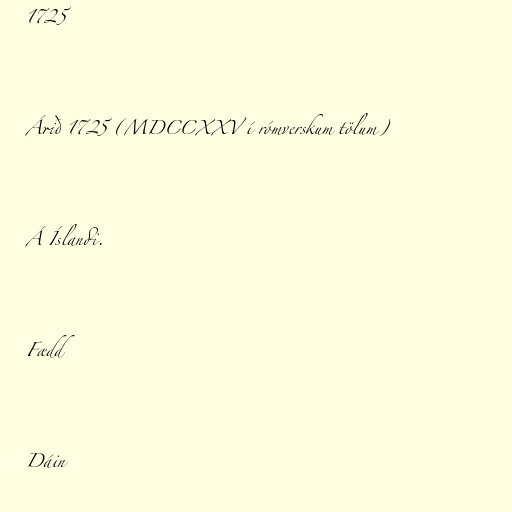
1725

Árið 1725 (MDCCXXV í rómverskum tölum)

Á Íslandi.

Fædd

Dáin